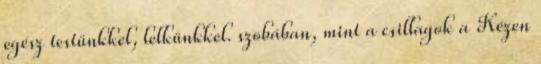
egész testünkkel, lelkünkkel. szobában, mint a csillagok a Kézen